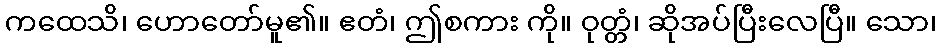
ကထေသိ၊ ဟောတော်မူ၏။ ဧတံ၊ ဤစကား ကို။ ဝုတ္တံ၊ ဆိုအပ်ပြီးလေပြီ။ သော၊